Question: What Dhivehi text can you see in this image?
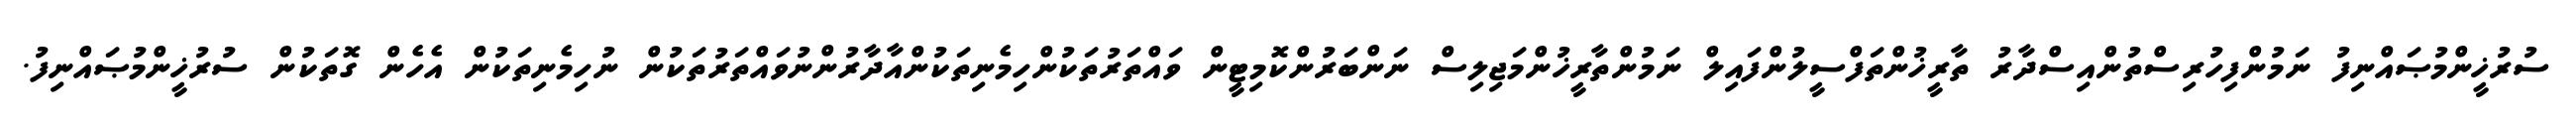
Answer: ސުރުޚީންމުޞައްނިފު ނަމުންފިހުރިސްތުންއިސްދާރު ތާރީޚުންތަފްސީލުންފައިލް ނަމުންތާރީޚުންމަޖިލިސް ނަންބަރުންކޮމިޓީން ވައްތަރުތަކުންހިމެނިތަކުންއާދާރުންނުވައްތަރުތަކުން ނުހިމެނިތަކުން އެހެން ގޮތަކުން ސުރުޚީންމުޞައްނިފު.